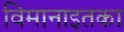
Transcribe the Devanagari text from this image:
विमानाइतका